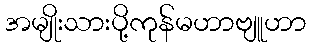
အမျိုးသားပို့ကုန်မဟာဗျူဟာ